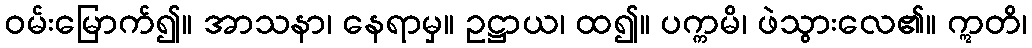
ဝမ်းမြောက်၍။ အာသနာ၊ နေရာမှ။ ဥဋ္ဌာယ၊ ထ၍။ ပက္ကမိ၊ ဖဲသွားလေ၏။ ဣတိ၊